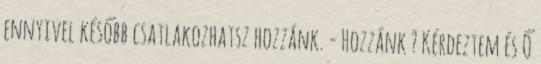
ennyivel később csatlakozhatsz hozzánk. - Hozzánk ? Kérdeztem és Ő